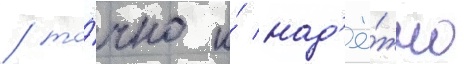
/ то́чно и́ над'ё́жно